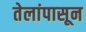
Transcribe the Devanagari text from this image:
तेलांपासून